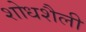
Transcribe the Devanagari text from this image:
शोधशैली